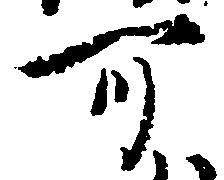
可